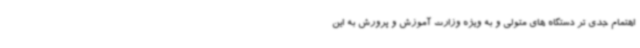
اهتمام جدی تر دستگاه های متولی و به ویژه وزارت آموزش و پرورش به این